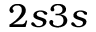
2 s 3 s